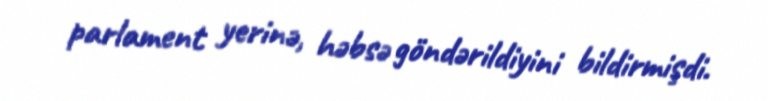
parlament yerinə, həbsə göndərildiyini bildirmişdi.